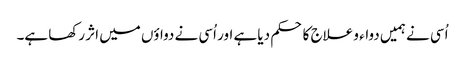
اُسی نے ہمیں دواء و علاج کا حکم دیا ہے اور اُسی نے دواؤں میں اثر رکھا ہے۔